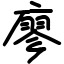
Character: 廖